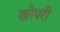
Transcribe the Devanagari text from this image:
खोपरी